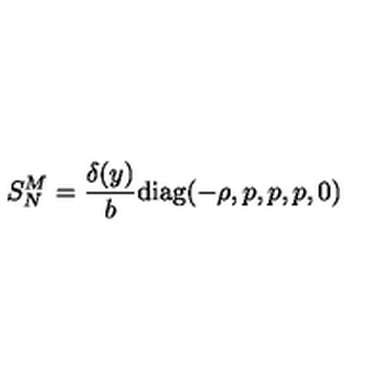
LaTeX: S _ { N } ^ { M } = \frac { \delta ( y ) } { b } \mathrm { d i a g } ( - \rho , p , p , p , 0 )